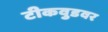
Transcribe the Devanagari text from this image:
टीकवुडवर